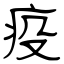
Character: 疫